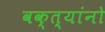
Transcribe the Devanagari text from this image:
वक्त्यांनो